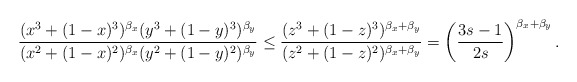
\begin{align*}\frac {(x^3 + (1-x)^3)^{\beta_x} (y^3 + (1-y)^3)^{\beta_y}} {(x^2 + (1-x)^2)^{\beta_x} (y^2 + (1-y)^2)^{\beta_y}}\le \frac {(z^3 + (1-z)^3)^{\beta_x + \beta_y}} {(z^2 + (1-z)^2)^{\beta_x + \beta_y}} = \left( \frac {3s-1}{2s} \right)^{\beta_x + \beta_y}.\end{align*}